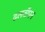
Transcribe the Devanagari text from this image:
ढलवाँपन